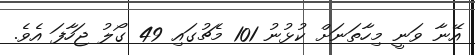
އޭނާ ވަނީ މިހާތަނަށް ކުޅުނު 101 މެޗުގައި 49 ގޯލު ޖަހާފަ އެވެ.